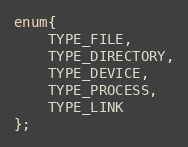
Language: C
enum{
	TYPE_FILE,
	TYPE_DIRECTORY,
	TYPE_DEVICE,
	TYPE_PROCESS,
	TYPE_LINK
};